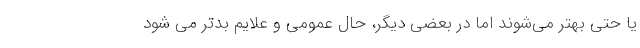
یا حتی بهتر می‌شوند اما در بعضی دیگر، حال عمومی و علایم بدتر می شود